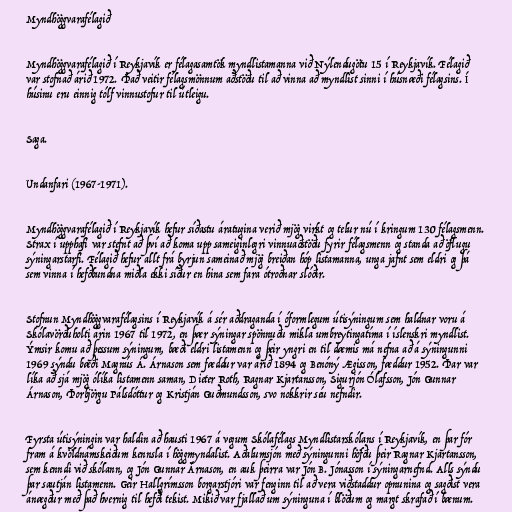
Myndhöggvarafélagið

Myndhöggvarafélagið í Reykjavík er félagasamtök myndlistamanna við Nýlendugötu 15 í Reykjavík. Félagið
var stofnað árið 1972. Það veitir félagsmönnum aðstöðu til að vinna að myndlist sinni í húsnæði félagsins. Í
húsinu eru einnig tólf vinnustofur til útleigu.

Saga.

Undanfari (1967-1971).

Myndhöggvarafélagið í Reykjavík hefur síðastu áratugina verið mjög virkt og telur nú í kringum 130 félagsmenn.
Strax í upphafi var stefnt að því að koma upp sameiginlegri vinnuaðstöðu fyrir félagsmenn og standa að öflugu
sýningarstarfi. Félagið hefur allt frá byrjun sameinað mjög breiðan hóp listamanna, unga jafnt sem eldri og þá
sem vinna í hefðbundna miðla ekki síður en hina sem fara ótroðnar slóðir.

Stofnun Myndhöggvarafélagsins í Reykjavík á sér aðdraganda í óformlegum útisýningum sem haldnar voru á
Skólavörðuholti árin 1967 til 1972, en þær sýningar spönnuðu mikla umbreytingatíma í íslenskri myndlist.
Ýmsir komu að þessum sýningum, bæði eldri listamenn og þeir yngri en til dæmis má nefna að á sýningunni
1969 sýndu bæði Magnús Á. Árnason sem fæddur var árið 1894 og Benóný Ægisson, fæddur 1952. Þar var
líka að sjá mjög ólíka listamenn saman, Dieter Roth, Ragnar Kjartansson, Sigurjón Ólafsson, Jón Gunnar
Árnason, Þorbjörgu Pálsdóttur og Kristján Guðmundsson, svo nokkrir séu nefndir.

Fyrsta útisýningin var haldin að hausti 1967 á vegum Skólafélags Myndlistarskólans í Reykjavík, en þar fór
fram á kvöldnámskeiðum kennsla í höggmyndalist. Aðalumsjón með sýningunni höfðu þeir Ragnar Kjartansson,
sem kenndi við skólann, og Jón Gunnar Árnason, en auk þeirra var Jón B. Jónasson í sýningarnefnd. Alls sýndu
þar sautján listamenn. Geir Hallgrímsson borgarstjóri var fenginn til að vera viðstaddur opnunina og sagðist vera
ánægður með það hvernig til hefði tekist. Mikið var fjallað um sýninguna í blöðum og margt skrafað í bænum.